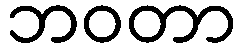
ဘဝတာ